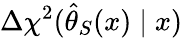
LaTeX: \Delta\chi^{2}(\hat{\theta}_{S}(x)\mid x)